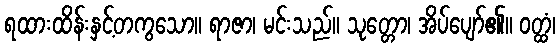
ရထားထိန်းနှင့်တကွသော။ ရာဇာ၊ မင်းသည်။ သုတ္တော၊ အိပ်ပျော်၏။ ဝတ္ထံ၊